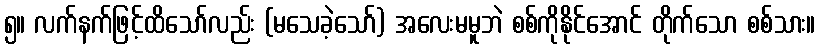
၅။ လက်နက်ဖြင့်ထိသော်လည်း (မသေခဲ့သော်) အလေးမမူဘဲ စစ်ကိုနိုင်အောင် တိုက်သော စစ်သား။